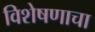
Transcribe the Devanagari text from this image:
विशेषणाचा